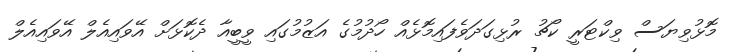
މޮޅުވިޔަސް ވިކްޓަރީ ކޯޗު ރުޅިގަދަވެފައިމޮޅެއް ހޯދުމުގެ އަޒުމުގައި ވީބީއާ ދެކޮޅަށް އޭވައިއެލް އޭވައިއެލް